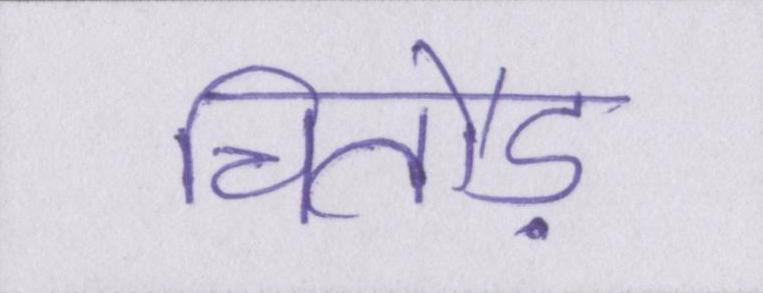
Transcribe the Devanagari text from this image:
चितौड़